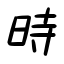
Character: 時